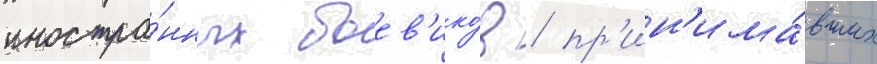
иностра́нных боев'ико́в / пр'ин'има́вших